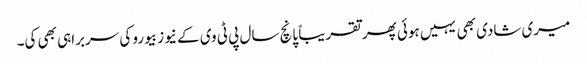
میری شادی بھی یہیں ہوئی پھر تقریباً پانچ سال پی ٹی وی کے نیوز بیورو کی سربراہی بھی کی۔